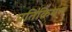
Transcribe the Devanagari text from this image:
प्रतिक्रियण